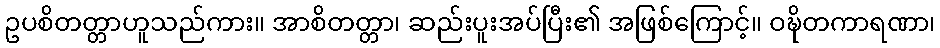
ဥပစိတတ္တာဟူသည်ကား။ အာစိတတ္တာ၊ ဆည်းပူးအပ်ပြီး၏ အဖြစ်ကြောင့်။ ဝဍ္ဎိတကာရဏာ၊